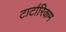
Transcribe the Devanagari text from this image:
टार्टारिकम